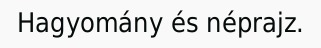
Hagyomány és néprajz.